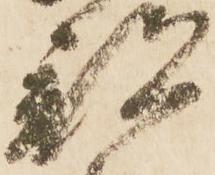
部